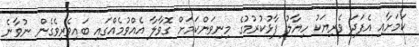
ކަމަށާއި އެފަދަ ވެރިޔަކު ހިޔާލު ފާޅުކުރުމުގެ މިނިވަންކަމަށް ގޮވާލާ އެއްވުމެއްގައި ބައިވެރިވެގެން ނުވާނެ